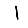
Digit: 1